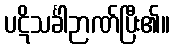
ပဋိသင်္ခါဉာဏ်ပြီး၏။